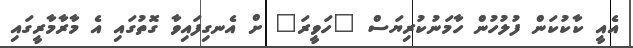
އެއީ ކާކުކަން ފުލުހުން ހާމަނުކުރިޔަސް "ހަވީރަ" ށް އެނގިފައިވާ ގޮތުގައި އެ މާރާމާރީގައި